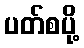
ပတ်စပို့